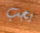
يجب